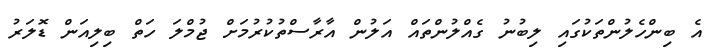
އެ ބިންހެލުންތަކުގައި ލިބުނު ގެއްލުންތައް އަލުން އާރާސްތުކުރުމަށް ޖުމްލަ ހަތް ބިލިއަން ޑޮލަރު